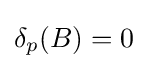
\delta _{p}(B)=0